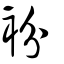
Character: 衯